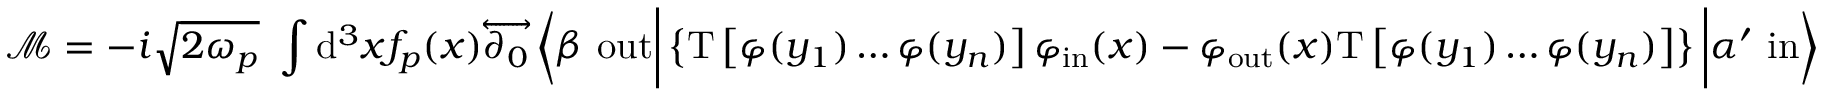
{ \mathcal { M } } = - i { \sqrt { 2 \omega _ { p } } } \ \int \mathrm { d } ^ { 3 } x f _ { p } ( x ) { \overleftrightarrow { \partial _ { 0 } } } \left\langle \beta \ \mathrm { o u t } { \bigg | } \left\{ \mathrm { T } \left[ \varphi ( y _ { 1 } ) \ldots \varphi ( y _ { n } ) \right] \varphi _ { \mathrm { i n } } ( x ) - \varphi _ { \mathrm { o u t } } ( x ) \mathrm { T } \left[ \varphi ( y _ { 1 } ) \ldots \varphi ( y _ { n } ) \right] \right\} { \bigg | } \alpha ^ { \prime } \ \mathrm { i n } \right\rangle